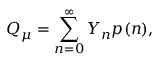
Q _ { \mu } = \sum _ { n = 0 } ^ { \infty } Y _ { n } p ( n ) ,